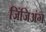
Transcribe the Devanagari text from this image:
ज़िंजिअंग